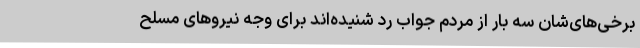
برخی‌های‌شان سه بار از مردم جواب رد شنیده‌اند برای وجه نیروهای مسلح